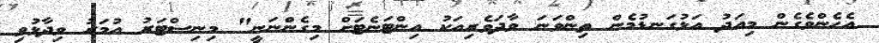
އެހެންވެގެން މިއަދު އަޅުގަނޑުމެން ތިންވަނަ ވާދަވެރިއަކު އިންޓަނެޓަށް މިގެންނަނީ" މިނިސްޓަރު އުމަރު ވިދާޅުވި